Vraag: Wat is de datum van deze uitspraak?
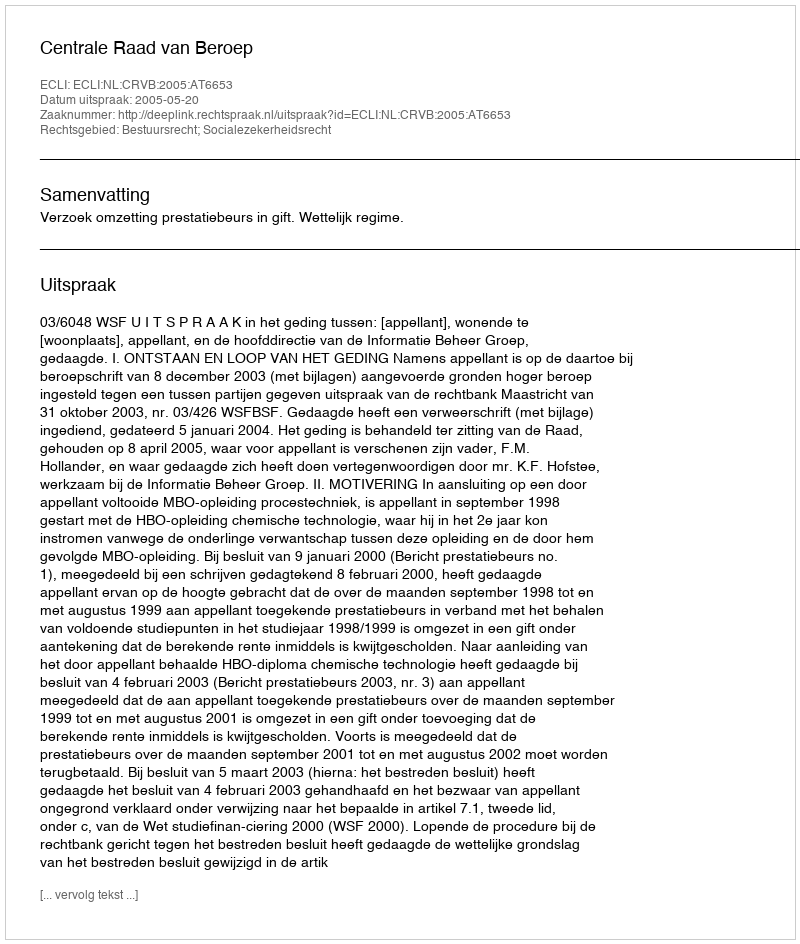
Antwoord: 2005-05-20